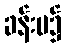
ခန်းမ၌